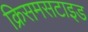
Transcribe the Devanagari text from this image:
क्रिसमसटाइड